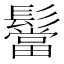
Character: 𮫒